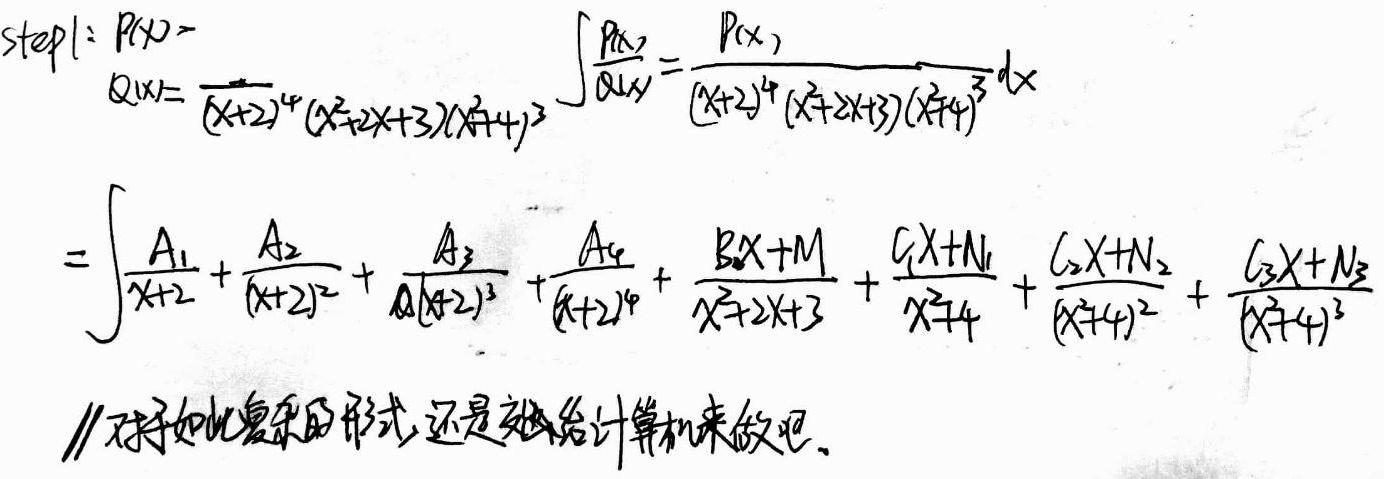
Step1:
\(P(x)=\)
\(Q(x)=\frac{}{(x + 2)^{4}(x^{2}+2x + 3)(x^{2}+4)^{3}}\)
\(\int\frac{P(x)}{Q(x)}=\frac{P(x)}{(x + 2)^{4}(x^{2}+2x + 3)(x^{2}+4)^{3}}dx\)
\(=\int\frac{A_{1}}{x + 2}+\frac{A_{2}}{(x + 2)^{2}}+\frac{A_{3}}{(x + 2)^{3}}+\frac{A_{4}}{(x + 2)^{4}}+\frac{Bx+M}{x^{2}+2x + 3}+\frac{C_{1}x+N_{1}}{x^{2}+4}+\frac{C_{2}x+N_{2}}{(x^{2}+4)^{2}}+\frac{C_{3}x+N_{3}}{(x^{2}+4)^{3}}\)

//对于如此复杂的形式,还是交给计算机来做吧。